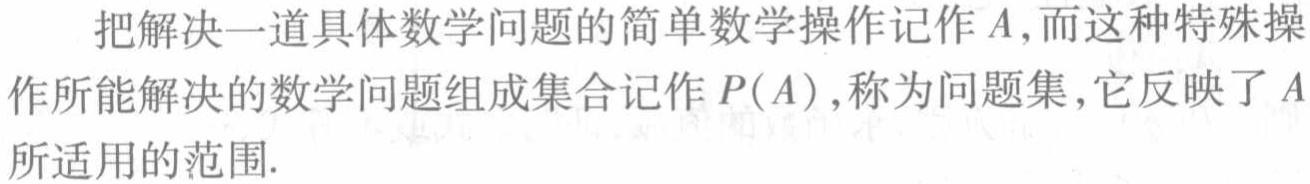
把解决一道具体数学问题的简单数学操作记作\(A\)，而这种特殊操作所能解决的数学问题组成集合记作\(P(A)\)，称为问题集，它反映了\(A\)所适用的范围.